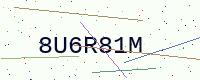
Text: 8U6R81M